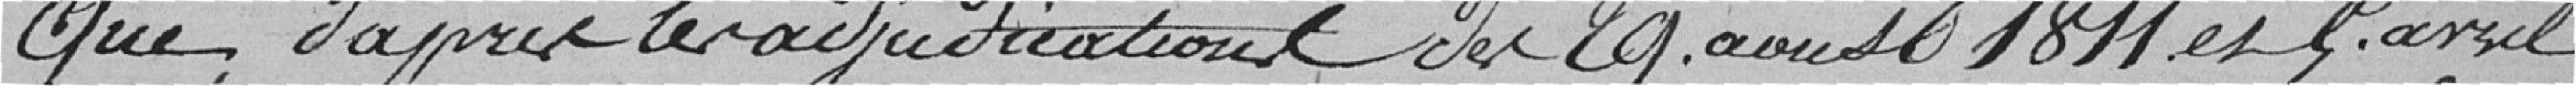
Que d'après l'adjudication du 29 août 1811 et 9 avril